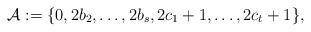
LaTeX: \begin{align*}\mathcal{A}:=\{0,2b_2,\ldots,2b_s,2c_1+1,\ldots,2c_t+1\}, \end{align*}